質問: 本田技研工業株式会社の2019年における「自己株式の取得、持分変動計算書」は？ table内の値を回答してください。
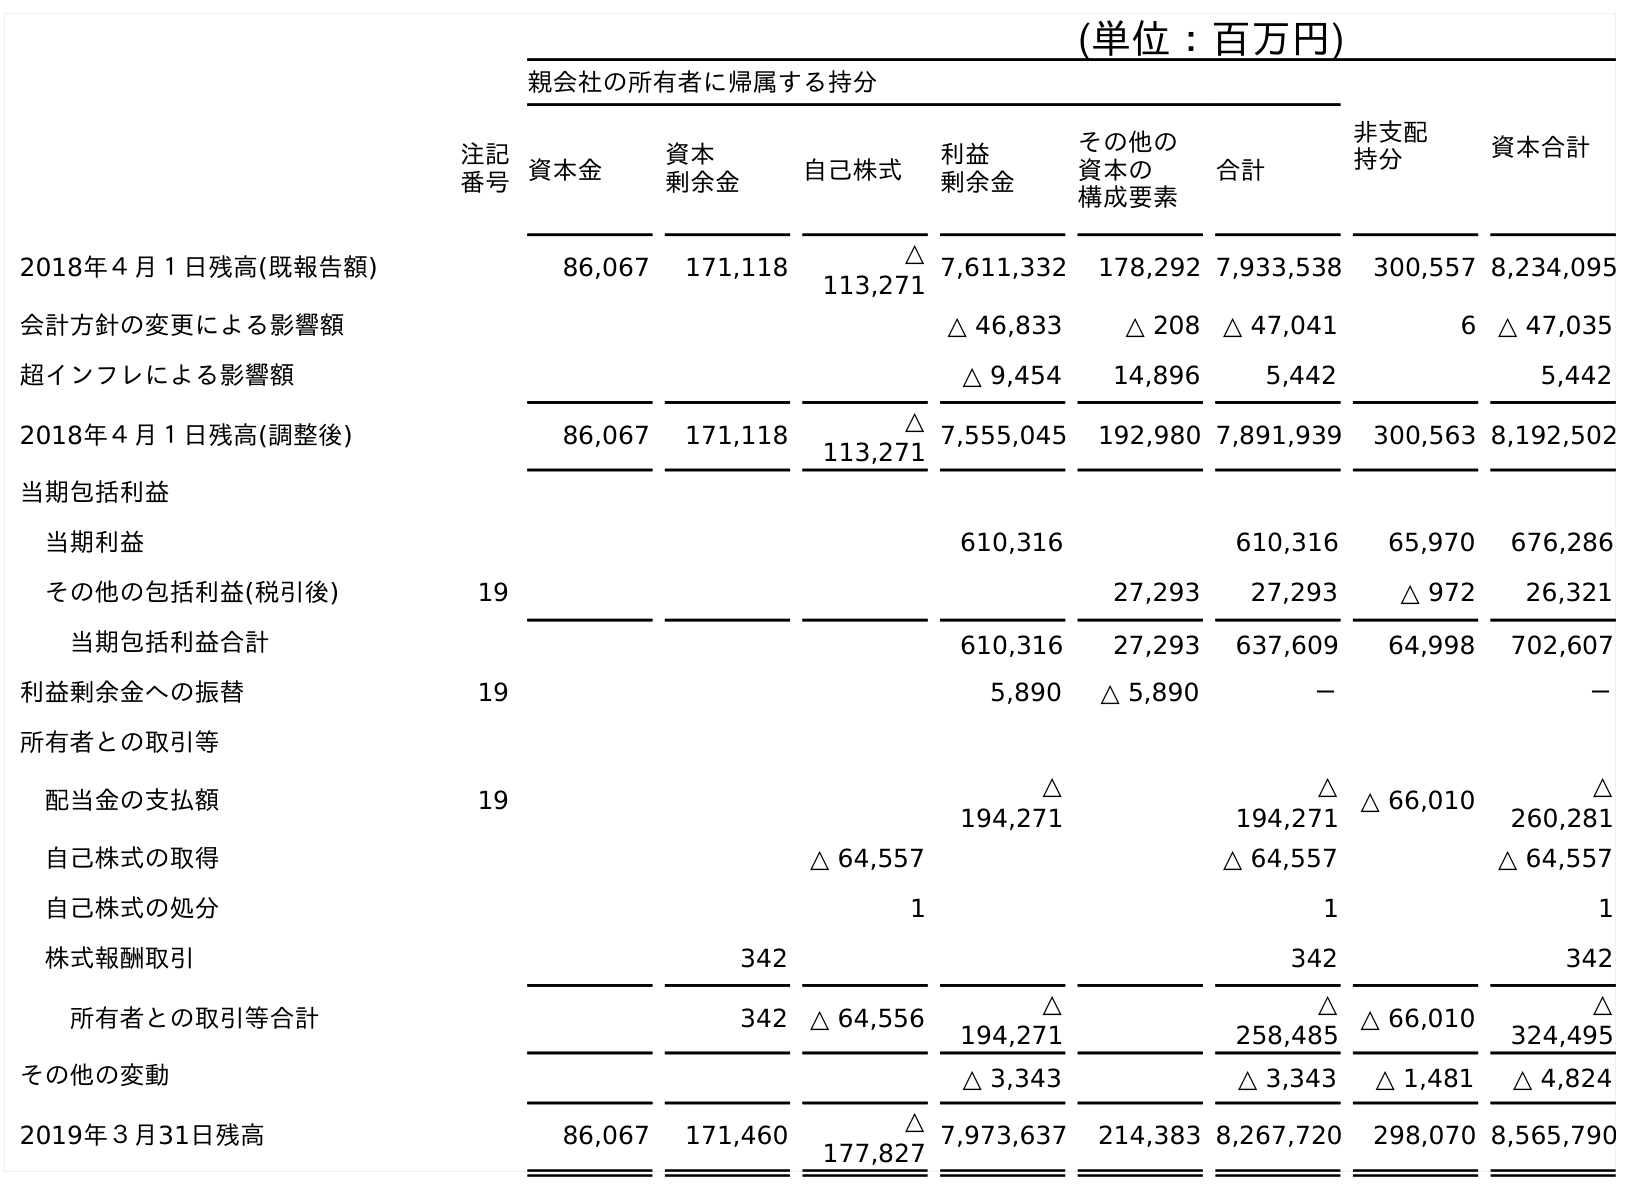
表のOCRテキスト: (単位：百万円) 親会社の所有者に帰属する持分 非支配 持分 資本合計 注記 番号資本金 資本 剰余金 自己株式 利益 剰余金 その他の 資本の 構成要素 合計 2018年４月１日残高(既報告額) 86,067 171,118 △ 113,271 7,611,332 178,292 7,933,538 300,557 8,234,095 会計方針の変更による影響額 △ 46,833 △ 208 △ 47,041 6 △ 47,035 超インフレによる影響額 △ 9,454 14,896 5,442 5,442 2018年４月１日残高(調整後) 86,067 171,118 △ 113,271 7,555,045 192,980 7,891,939 300,563 8,192,502 当期包括利益 当期利益 610,316 610,316 65,970 676,286 その他の包括利益(税引後) 19 27,293 27,293 △ 972 26,321 当期包括利益合計 610,316 27,293 637,609 64,998 702,607 利益剰余金への振替 19 5,890 △ 5,890 － － 所有者との取引等 配当金の支払額 19 △ 194,271 △ 194,271 △ 66,010 △ 260,281 自己株式の取得 △ 64,557 △ 64,557 △ 64,557 自己株式の処分 1 1 1 株式報酬取引 342 342 342 所有者との取引等合計 342 △ 64,556 △ 194,271 △ 258,485 △ 66,010 △ 324,495 その他の変動 △ 3,343 △ 3,343 △ 1,481 △ 4,824 2019年３月31日残高 86,067 171,460 △ 177,827 7,973,637 214,383 8,267,720 298,070 8,565,790
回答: △64,557